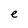
Character: e